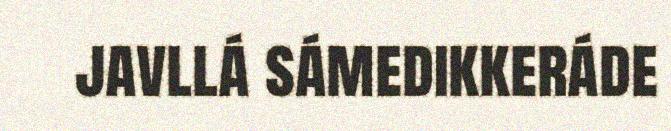
javllá sámedikkeráde